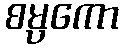
စမ္ပကော